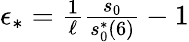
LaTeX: \begin{array}{r}{\epsilon_{*}=\frac{1}{\ell}\frac{s_{0}}{s_{0}^{*}(6)}-1}\end{array}